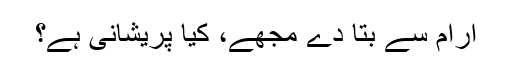
آرام سے بتا دے مجھے، کیا پریشانی ہے؟